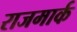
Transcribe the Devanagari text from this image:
राजमार्क